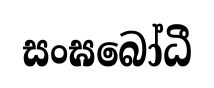
සංඝබෝධී